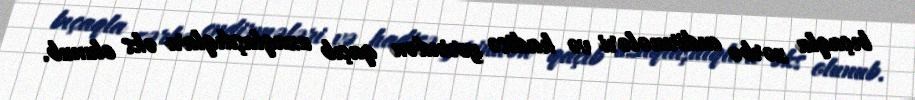
bıçaqla zərbə endirmələri və hadisə yerindən qaçıb uzaqlaşdıqları əks olunub.